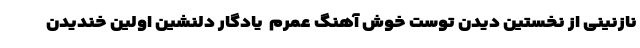
نازنینی از نخستین دیدن توست خوش آهنگ عمرم  یادگار دلنشین اولین خندیدن